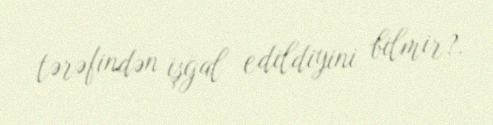
tərəfindən işğal edildiyini bilmir?.